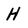
Character: H